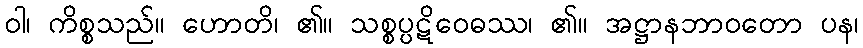
ဝါ၊ ကိစ္စသည်။ ဟောတိ၊ ၏။ သစ္စပ္ပဋိဝေဓဿ၊ ၏။ အဋ္ဌာနဘာဝတော ပန၊